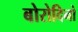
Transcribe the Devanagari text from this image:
बोरोदिनो